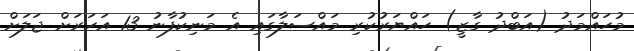
މުހައްމަދު (އަބްދު ގާޒީ) ހައްޔަރުކުރި މައްސަލާގައި އެ މަނިކުފާނު 13 އަހަރަށް ޖަލަށް